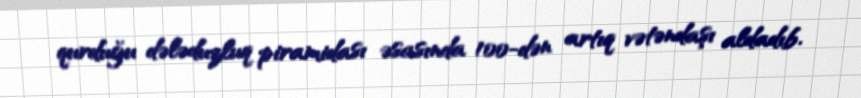
qurduğu dələduzluq piramidası əsasında 100-dən artıq vətəndaşı aldadıb.